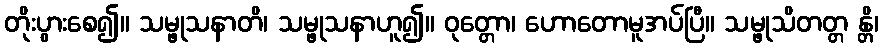
တိုးပွားစေ၍။ သမ္ဖုသနာတိ၊ သမ္ဖုသနာဟူ၍။ ဝုတ္တော၊ ဟောတောမူအပ်ပြီ။ သမ္ဖုသိတတ္တ န္တိ၊